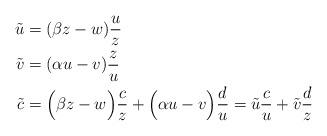
LaTeX: \begin{align*}\tilde u&=(\beta z-w){u\over z} \cr\tilde v&=(\alpha u-v){z\over u} \cr\tilde c &=\Big(\beta z-w\Big){c\over z}+\Big(\alpha u - v\Big) {d\over u}={\tilde u}{c\over u}+{\tilde v}{d\over z} \end{align*}